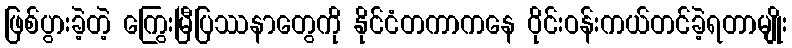
ဖြစ်ပွားခဲ့တဲ့ ကြွေးမြီပြဿနာတွေကို နိုင်ငံတကာကနေ ဝိုင်းဝန်းကယ်တင်ခဲ့ရတာမျိုး